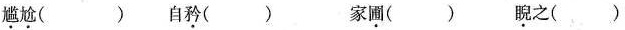
\underset{·}{尴}\underset{·}{尬}( ) 自\underset{·}{矜}() 家\underset{·}{安圃}() \underset{·}{睨}之()